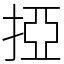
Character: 掗